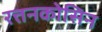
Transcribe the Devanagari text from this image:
रत्तनकोसिन